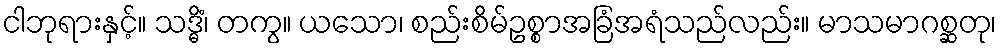
ငါဘုရားနှင့်။ သဒ္ဓိံ၊ တကွ။ ယသော၊ စည်းစိမ်ဥစ္စာအခြံအရံသည်လည်း။ မာသမာဂစ္ဆတု၊